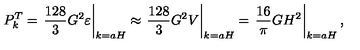
P _ { k } ^ { T } = \left. \frac { 1 2 8 } { 3 } G ^ { 2 } \varepsilon \right| _ { k = a H } \approx \left. \frac { 1 2 8 } { 3 } G ^ { 2 } V \right| _ { k = a H } = \left. \frac { 1 6 } { \pi } G H ^ { 2 } \right| _ { k = a H } ,